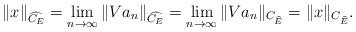
LaTeX: \begin{align*}\|x\|_{\widehat{C_E}}=\lim_{n\to\infty}\|V a_n\|_{\widehat{C_E}}=\lim_{n\to\infty}\|V a_n\|_{C_{\widehat{E}}}=\|x\|_{C_{\widehat{E}}}.\end{align*}